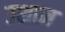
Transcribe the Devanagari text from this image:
उशान